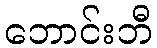
ဘောင်းဘီ